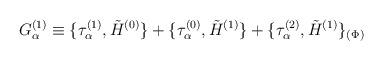
LaTeX: \begin{align*}G_\alpha^{(1)} \equiv \{\tau_\alpha^{(1)}, \tilde H^{(0)}\} + \{\tau_\alpha^{(0)}, \tilde H^{(1)}\} + \{\tau_\alpha^{(2)}, \tilde H^{(1)}\}_{(\Phi)}\end{align*}